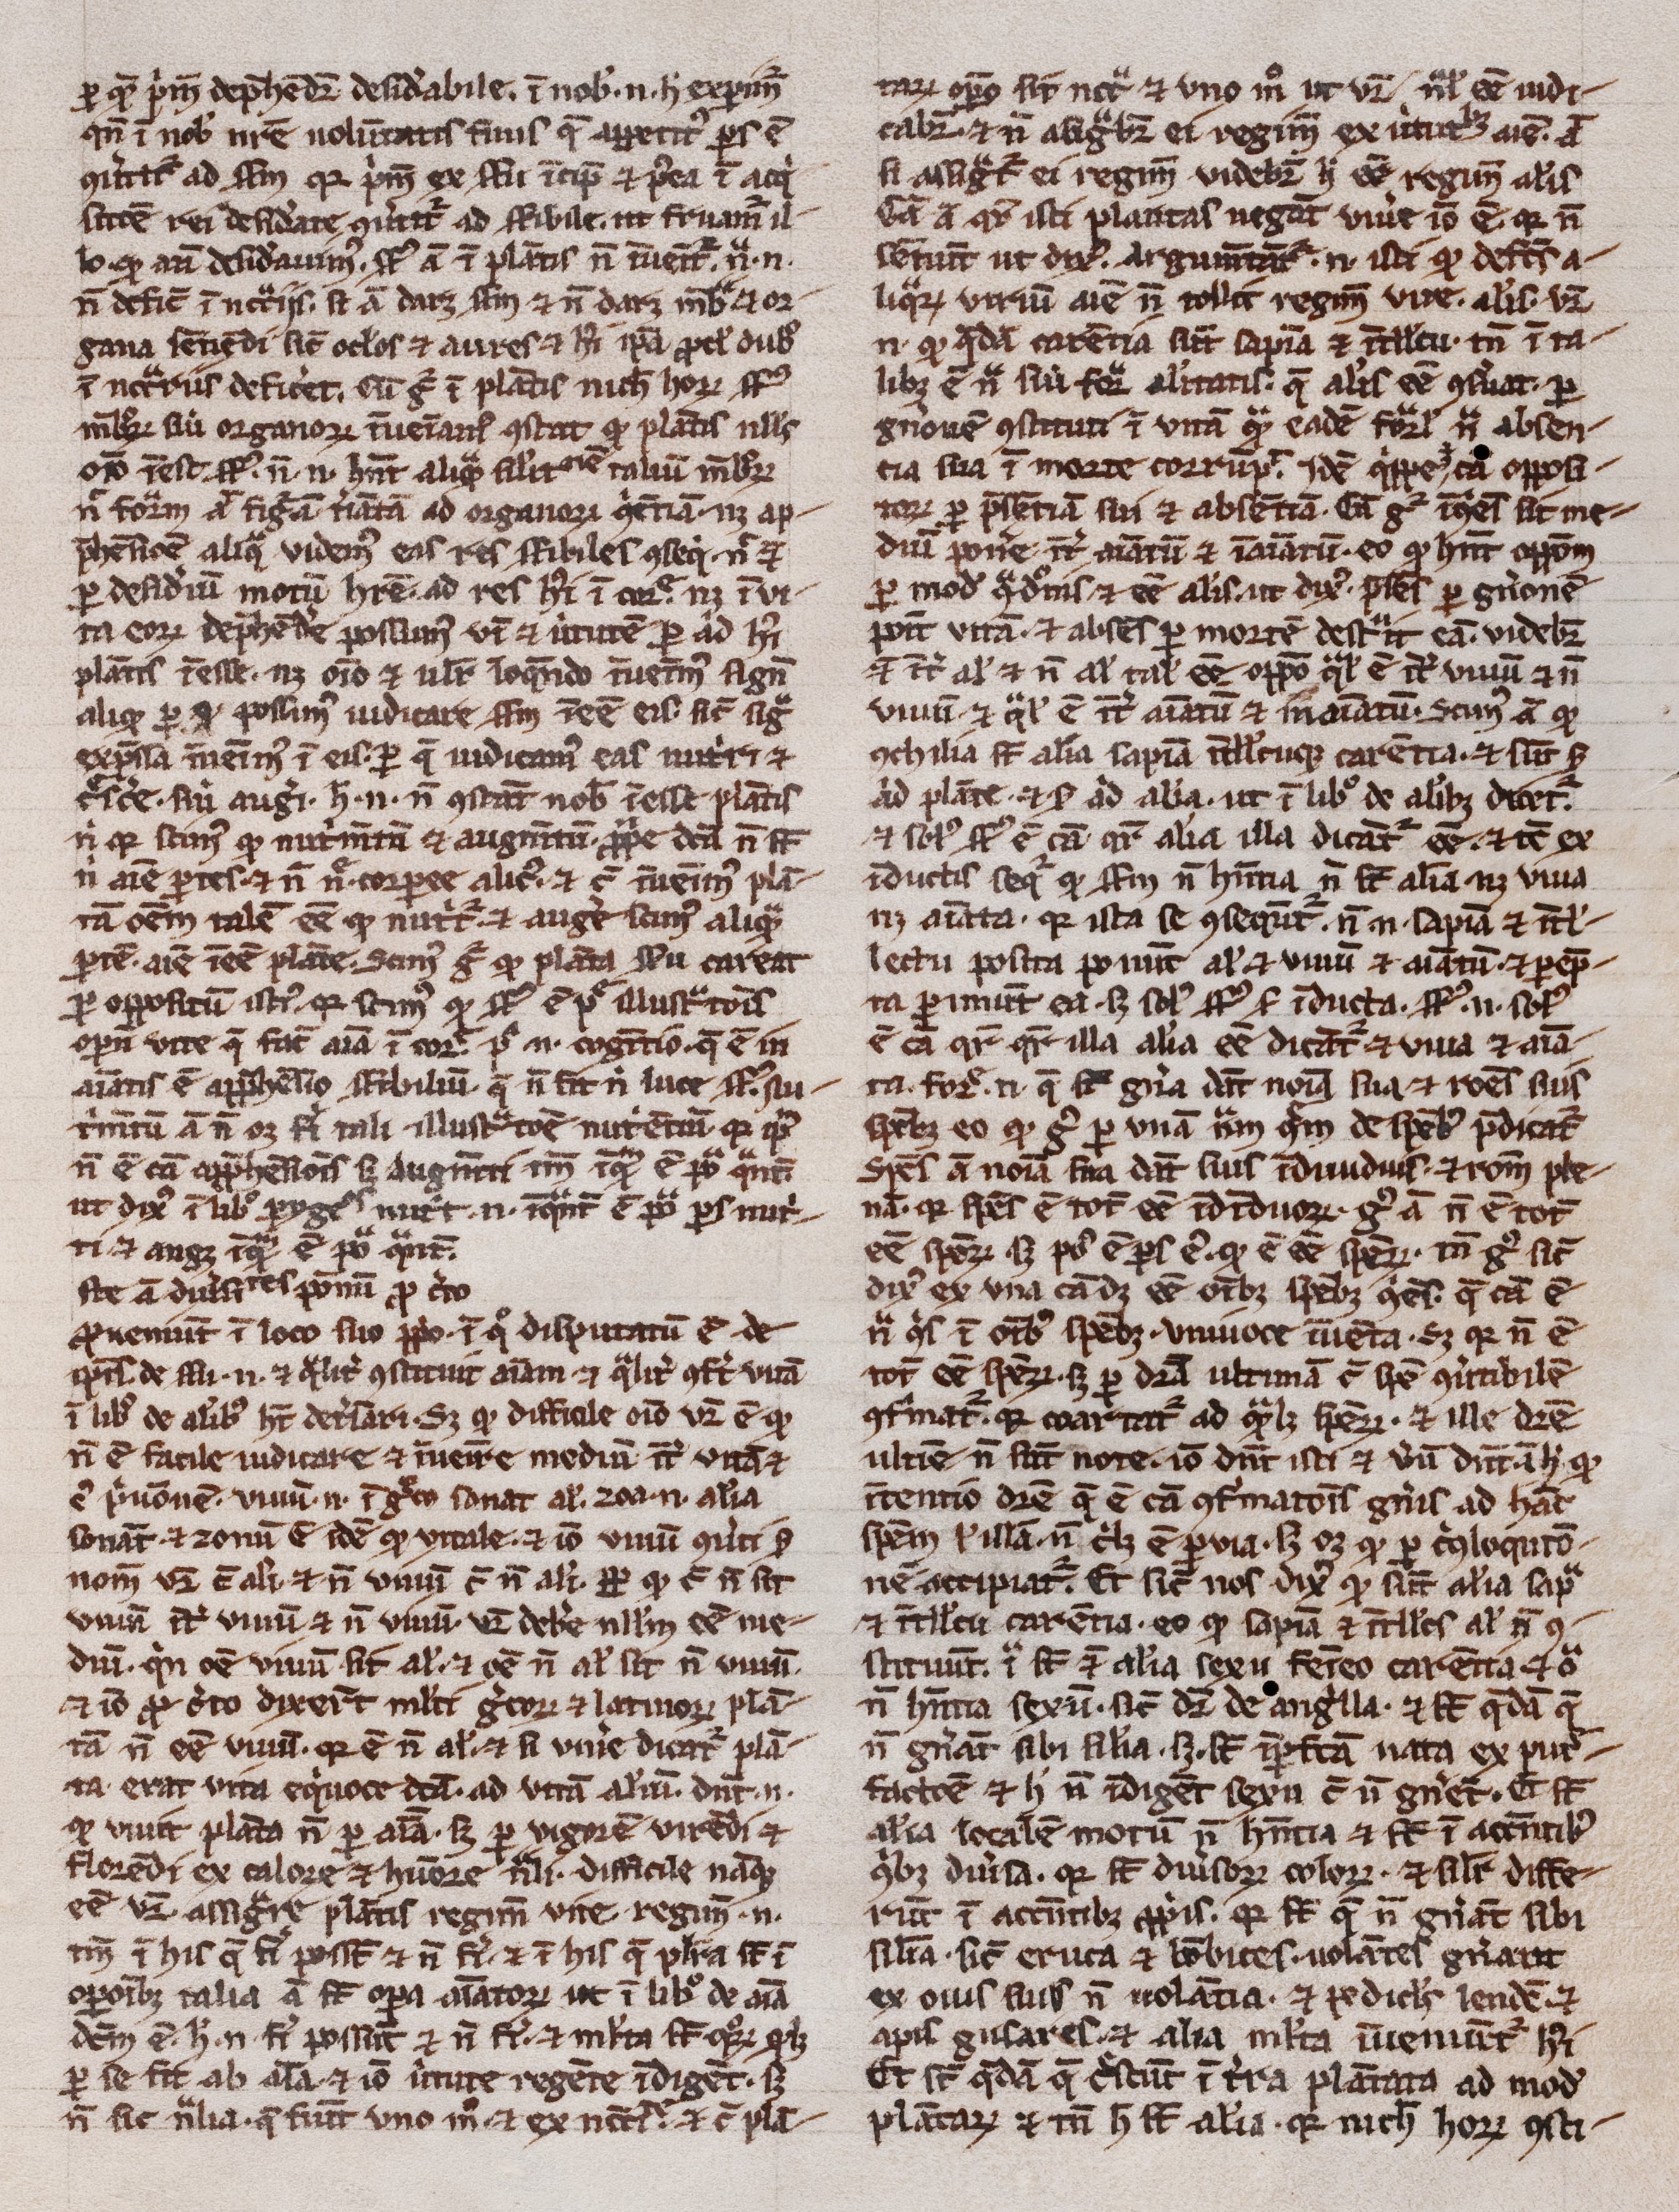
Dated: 1300–1399